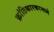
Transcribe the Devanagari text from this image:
क्रांतिकारकामध्ये